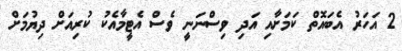
2 އަހަރު އެބައޮތް ކަމަށާއި އަދި ވިސްނަނީ ވެސް އެޓީމާއެކު ކުރިއަށް ދިޔުމަށް